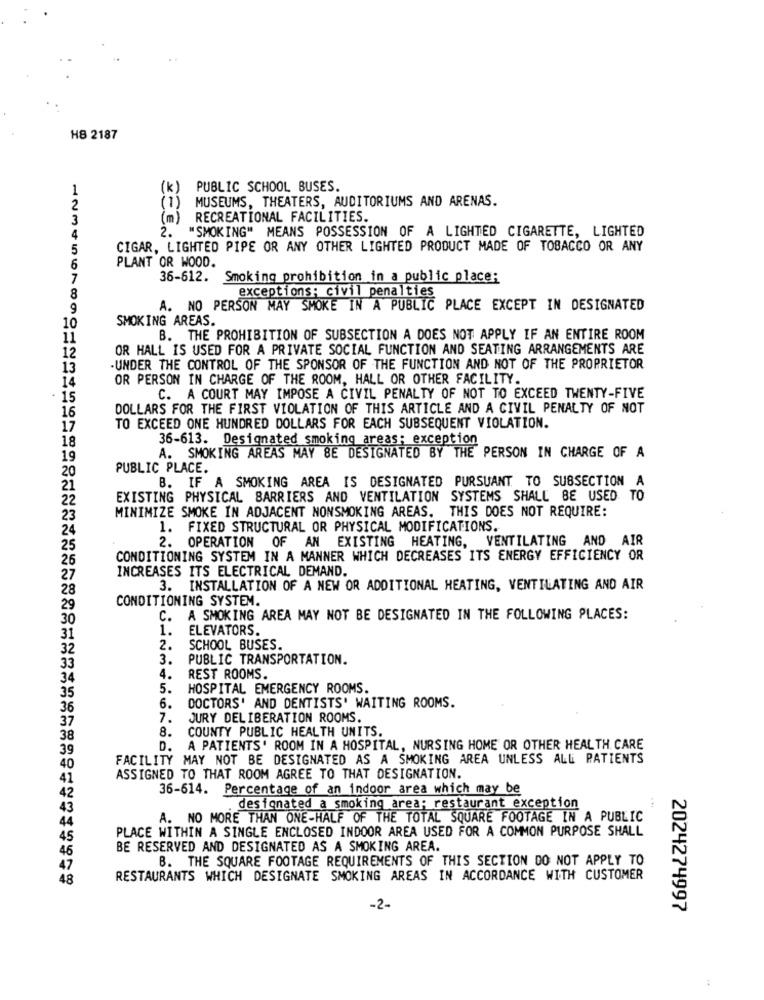
H8 2187
(K)
PUBLIC SCHOOL BUSES.
MUSEUMS, THEATERS, AUDITORIUMS AND ARENAS.
2
3
RECREATIONAL FACILITIES.
2.
"SMOKING" MEANS POSSESSION OF A LIGHTED CIGARETTE, LIGHTED
4
5
CIGAR, LIGHTED PIPE OR ANY OTHER LIGHTED PRODUCT MADE OF TOBACCO OR ANY
PLANT OR WOOD.
6
7
36-612. Smoking prohibition in a public place:
8
exceptions: civil penalties
9
A. NO PERSON MAY SMOKE IN A PUBLIC PLACE EXCEPT IN DESIGNATED
SMOKING AREAS.
10
11
B. THE PROHIBITION OF SUBSECTION A DOES NOT APPLY IF AN ENTIRE ROOM
OR HALL IS USED FOR A PRIVATE SOCIAL FUNCTION AND SEATING ARRANGEMENTS ARE
12
13
UNDER THE CONTROL OF THE SPONSOR OF THE FUNCTION AND NOT OF THE PROPRIETOR
OR PERSON IN CHARGE OF THE ROOM, HALL OR OTHER FACILITY.
14
- 15
C. A COURT MAY IMPOSE A CIVIL PENALTY OF NOT TO EXCEED TWENTY-FIVE
16
DOLLARS FOR THE FIRST VIOLATION OF THIS ARTICLE AND A CIVIL PENALTY OF NOT
17
TO EXCEED ONE HUNDRED DOLLARS FOR EACH SUBSEQUENT VIOLATION.
18
36-613. Designated smoking areas: exception
19
A. SMOKING AREAS MAY BE DESIGNATED BY THE PERSON IN CHARGE OF A
PUBLIC PLACE.
20
B. IF A SMOKING AREA IS DESIGNATED PURSUANT TO SUBSECTION A
21
22
EXISTING PHYSICAL BARRIERS AND VENTILATION SYSTEMS SHALL BE USED TO
MINIMIZE SMOKE IN ADJACENT NONSMOKING AREAS. THIS DOES NOT REQUIRE:
23
24
1. FIXED STRUCTURAL OR PHYSICAL MODIFICATIONS.
2. OPERATION OF AN EXISTING HEATING, VENTILATING AND AIR
25
26
CONDITIONING SYSTEM IN A MANNER WHICH DECREASES ITS ENERGY EFFICIENCY OR
INCREASES ITS ELECTRICAL DEMAND.
27
28
3. INSTALLATION OF A NEW OR ADDITIONAL HEATING, VENTILATING AND AIR
CONDITIONING SYSTEM.
29
30
C. A SMOKING AREA MAY NOT BE DESIGNATED IN THE FOLLOWING PLACES:
1.
ELEVATORS.
31
32
2.
SCHOOL BUSES.
3.
PUBLIC TRANSPORTATION.
33
34
4.
REST ROOMS.
5.
HOSPITAL EMERGENCY ROOMS.
35
36
6.
DOCTORS' AND DENTISTS' WAITING ROOMS.
37
7.
JURY DELIBERATION ROOMS.
8. COUNTY PUBLIC HEALTH UNITS.
38
39
D. A PATIENTS' ROOM IN A HOSPITAL, NURSING HOME OR OTHER HEALTH CARE
FACILITY MAY NOT BE DESIGNATED AS A SMOKING AREA UNLESS ALL PATIENTS
40
41
ASSIGNED TO THAT ROOM AGREE TO THAT DESIGNATION.
36-614. Percentage of an indoor area which may be
42
designated a smoking area; restaurant exception
A. NO MORE THAN ONE-HALF OF THE TOTAL SQUARE FOOTAGE IN A PUBLIC
PLACE WITHIN A SINGLE ENCLOSED INDOOR AREA USED FOR A COMMON PURPOSE SHALL
45
BE RESERVED AND DESIGNATED AS A SMOKING AREA.
B. THE SQUARE FOOTAGE REQUIREMENTS OF THIS SECTION DO NOT APPLY TO
48
RESTAURANTS WHICH DESIGNATE SMOKING AREAS IN ACCORDANCE WITH CUSTOMER
-2-
2024274997